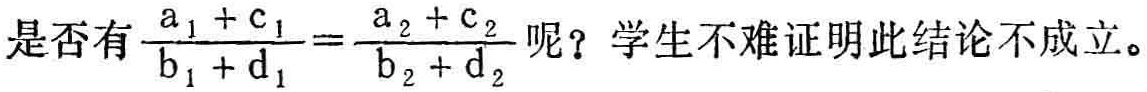
是否有$\frac{a_{1} + c_{1}}{b_{1} + d_{1}} = \frac{a_{2} + c_{2}}{b_{2} + d_{2}}$呢？学生不难证明此结论不成立。